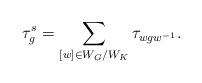
LaTeX: \begin{align*}\tau_g^s = \sum_{[w] \in W_G/W_K} \tau_{wgw^{-1}}.\end{align*}